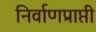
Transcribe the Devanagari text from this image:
निर्वाणप्राप्ती